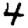
Digit: 4